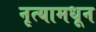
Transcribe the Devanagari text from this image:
नृत्यामधून